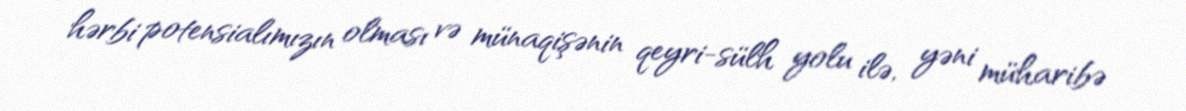
hərbi potensialımızın olması və münaqişənin qeyri-sülh yolu ilə, yəni müharibə